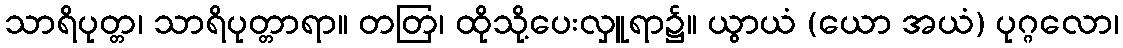
သာရိပုတ္တ၊ သာရိပုတ္တာရာ။ တတြ၊ ထိုသို့ပေးလှူရာ၌။ ယွာယံ (ယော အယံ) ပုဂ္ဂလော၊